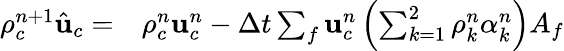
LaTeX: \begin{array}{rl}{\rho_{c}^{n+1}\hat{\mathbf{u}}_{c}=}&{{}\rho_{c}^{n}\mathbf{u}_{c}^{n}-\Delta t\sum_{f}\mathbf{u}_{c}^{n}\left(\sum_{k=1}^{2}\rho_{k}^{n}\alpha_{k}^{n}\right)A_{f}}\end{array}